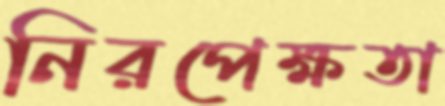
নিরপেক্ষতা